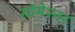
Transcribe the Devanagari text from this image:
सोमेश्नर